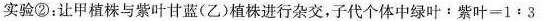
实验②：让甲植株与紫叶甘蓝(乙)植株进行杂交，子代个体中绿叶：紫叶=1﹔3